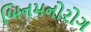
બિનમનોરોગ